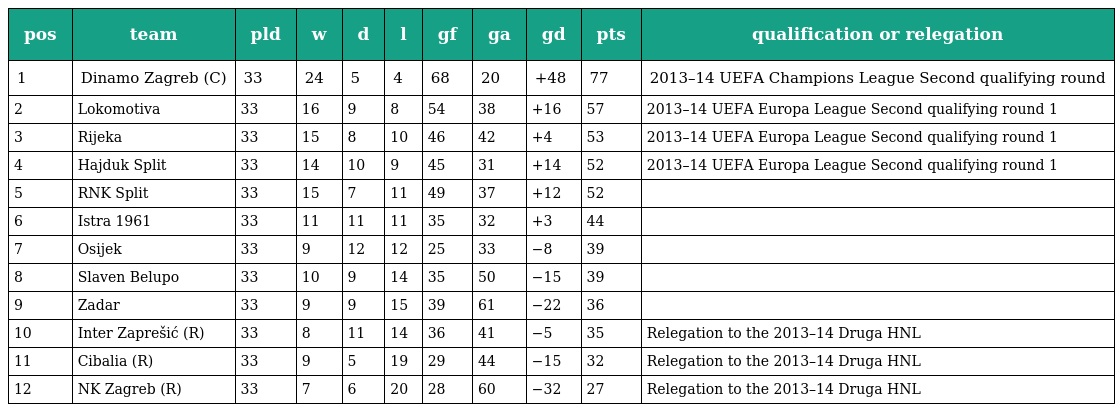
| pos | team | pld | w | d | l | gf | ga | gd | pts | qualification or relegation |
 | --- | --- | --- | --- | --- | --- | --- | --- | --- | --- | --- |
 | 1 | Dinamo Zagreb (C) | 33 | 24 | 5 | 4 | 68 | 20 | +48 | 77 | 2013–14 UEFA Champions League Second qualifying round |
 | 2 | Lokomotiva | 33 | 16 | 9 | 8 | 54 | 38 | +16 | 57 | 2013–14 UEFA Europa League Second qualifying round 1 |
 | 3 | Rijeka | 33 | 15 | 8 | 10 | 46 | 42 | +4 | 53 | 2013–14 UEFA Europa League Second qualifying round 1 |
 | 4 | Hajduk Split | 33 | 14 | 10 | 9 | 45 | 31 | +14 | 52 | 2013–14 UEFA Europa League Second qualifying round 1 |
 | 5 | RNK Split | 33 | 15 | 7 | 11 | 49 | 37 | +12 | 52 |  |
 | 6 | Istra 1961 | 33 | 11 | 11 | 11 | 35 | 32 | +3 | 44 |  |
 | 7 | Osijek | 33 | 9 | 12 | 12 | 25 | 33 | −8 | 39 |  |
 | 8 | Slaven Belupo | 33 | 10 | 9 | 14 | 35 | 50 | −15 | 39 |  |
 | 9 | Zadar | 33 | 9 | 9 | 15 | 39 | 61 | −22 | 36 |  |
 | 10 | Inter Zaprešić (R) | 33 | 8 | 11 | 14 | 36 | 41 | −5 | 35 | Relegation to the 2013–14 Druga HNL |
 | 11 | Cibalia (R) | 33 | 9 | 5 | 19 | 29 | 44 | −15 | 32 | Relegation to the 2013–14 Druga HNL |
 | 12 | NK Zagreb (R) | 33 | 7 | 6 | 20 | 28 | 60 | −32 | 27 | Relegation to the 2013–14 Druga HNL |